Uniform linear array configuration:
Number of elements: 16
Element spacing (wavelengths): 0.5
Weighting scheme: cosine
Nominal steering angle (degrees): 15
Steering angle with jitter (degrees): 16.402
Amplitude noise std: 0.05
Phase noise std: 0.05

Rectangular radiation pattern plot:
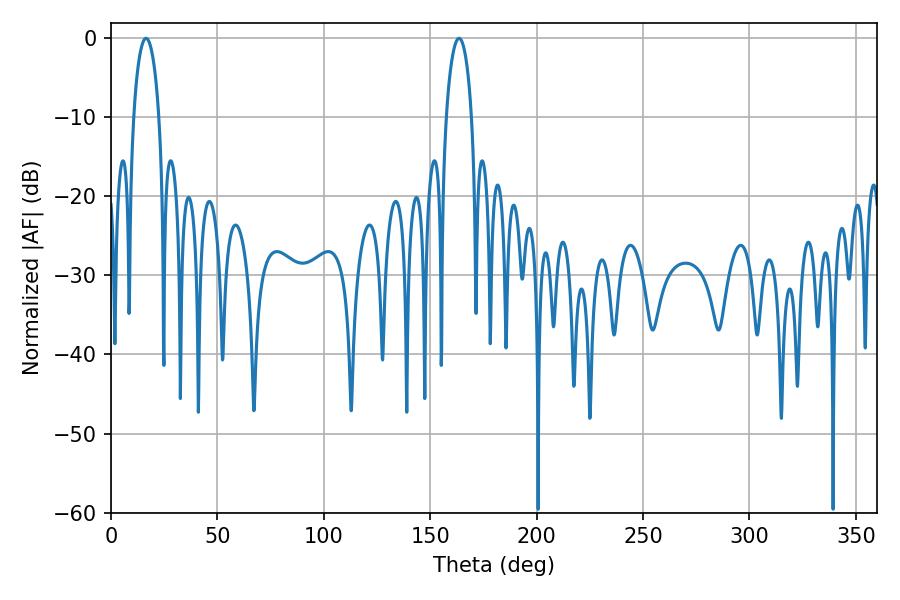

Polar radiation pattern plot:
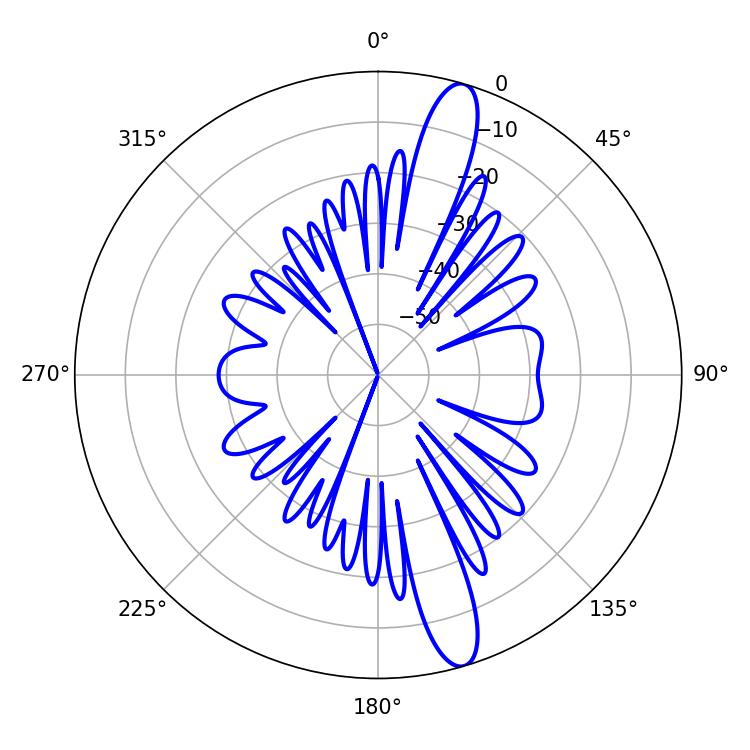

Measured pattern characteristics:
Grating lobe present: FALSE
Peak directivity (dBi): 14.256
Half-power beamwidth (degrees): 6.84
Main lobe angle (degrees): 16.38